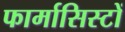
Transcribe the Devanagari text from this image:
फार्मासिस्टों